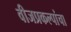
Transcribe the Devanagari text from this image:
वीजप्रकल्पांचा